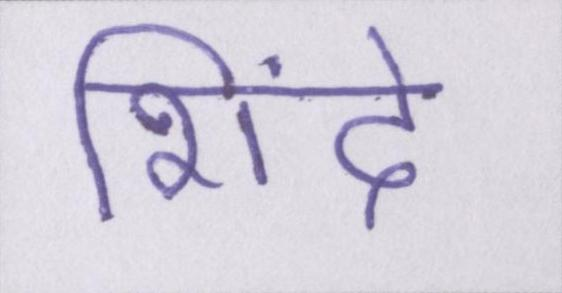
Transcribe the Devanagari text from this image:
शिंदे